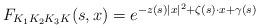
LaTeX: \begin{align*} F_{K_1K_2K_3K}(s,x) = e^{- z(s)|x|^2 + \zeta(s) \cdot x + \gamma(s)} \end{align*}